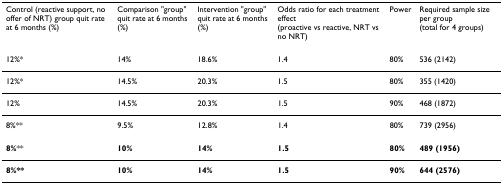
| Control (reactive support, no offer of NRT) group quit rate at 6 months (%) | Comparison "group" quit rate at 6 months (%) | Intervention "group" quit rate at 6 months (%) | Odds ratio for each treatment effect (proactive vs reactive, NRT vs no NRT) | Power | Required sample size per group (total for 4 groups) |
 | --- | --- | --- | --- | --- | --- |
 | 12%* | 14% | 18.6% | 1.4 | 80% | 536 (2142) |
 | 12%* | 14.5% | 20.3% | 1.5 | 80% | 355 (1420) |
 | 12% | 14.5% | 20.3% | 1.5 | 90% | 468 (1872) |
 | 8%** | 9.5% | 12.8% | 1.4 | 80% | 739 (2956) |
 | 8%** | 10% | 14% | 1.5 | 80% | 489 (1956) |
 | 8%** | 10% | 14% | 1.5 | 90% | 644 (2576) |